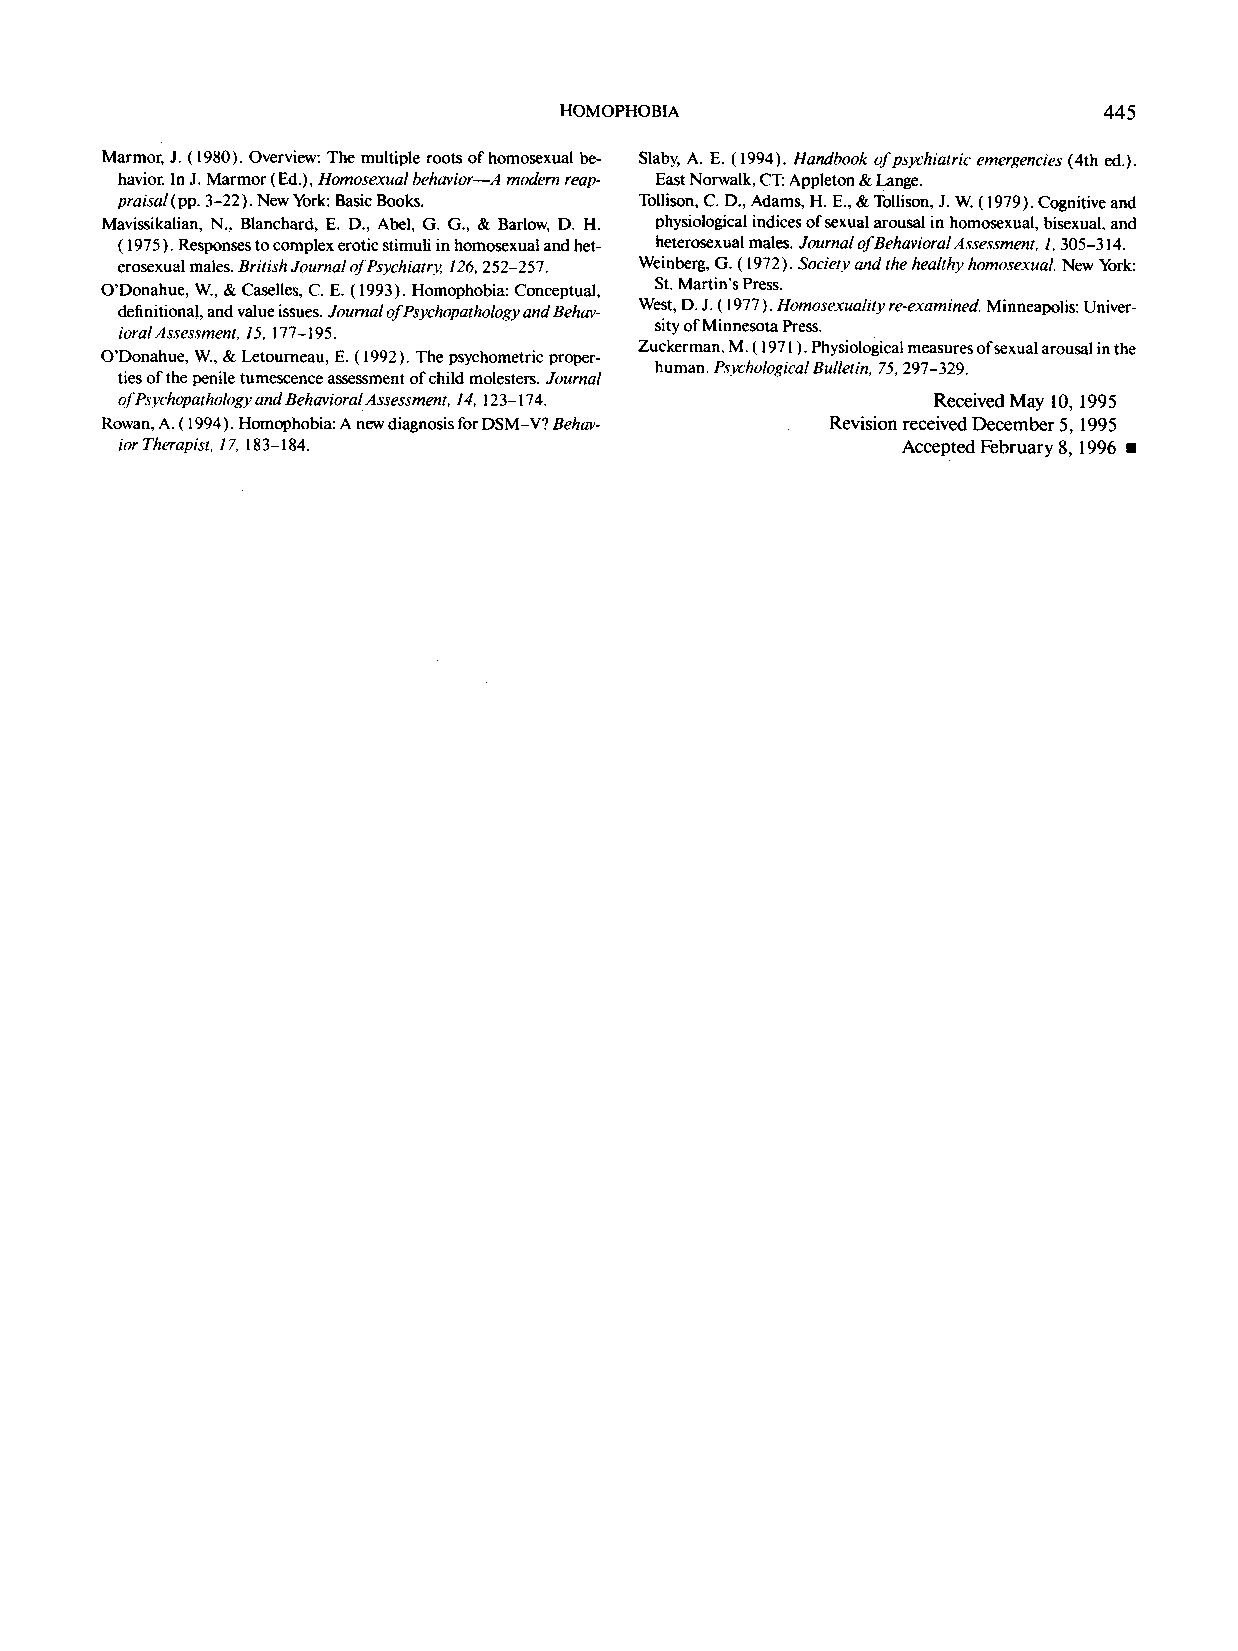
HOMOPHOBIA                          445
 Marmot, J. (1980). Overview: The multiple roots of homosexual be- Slaby, A. E. (1994). Handbook of psychiatric emergencies (4th ed.).
 havior. In J. Marmor (Ed.), Homosexual behavior--A modern reap- East Norwalk, CT: Appleton & Lange.
 praisal(pp. 3-22). New York: Basic Books. Tollison, C. D., Adams, H. E., & Tollison, J. W. (1979). Cognitive and
 Mavissikalian, N., Blanchard, E. D., Abel, G. G., & Barlow, D. H. physiological indices of sexual arousal in homosexual, bisexual, and
 ( 1975 ). Responses to complex erotic stimuli in homosexual and het- heterosexual males. Journal of Behavioral Assessment, 1,305-314.
 erosexual males. British Journal of Psychiatry, 126, 252-257. Weinberg, G. (1972). Society and the healthy homosexual. New York:
 St. Martin's Press.
 O'Donahue, W., & Caselles, C. E. (1993). Homophobia: Conceptual,
 definitional, and value issues. Journal of Psychopathology and Behav- West, D. J. ( 1977 ). Homosexuality re-examined. Minneapolis: Univer-
 ioralAssessment, 15, 177-195.      sity of Minnesota Press.
 Zuckerman, M. ( 1971 ). Physiological measures of sexual arousal in the
 O'Donahue, W., & Letourneau, E. (1992). The psychometric proper-
 human. Psychological Bulletin, 75, 297-329.
 ties of the penile tumescence assessment of child molesters. Journal
 of Psychopathology and Behavioral Assessment, 14, 123-174. Received May 10, 1995
 Rowan, A. (1994). Homophobia: A new diagnosis for DSM-V? Behav- Revision received December 5, 1995
 ior Therapist, 17, 183-184.                         Accepted February 8, 1996 •